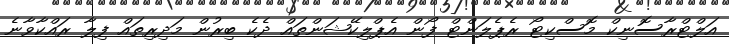
އަލްޓްރާސޮނިކް މޮސްކިޓޯ ރެޕެލަންޓް ފޯން އެޕްލިކޭޝަންތައް ދެކެ ބިރުން މަދިރިތައް ފިލާ ރައްކާވާނެ